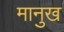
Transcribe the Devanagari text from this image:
मानुख